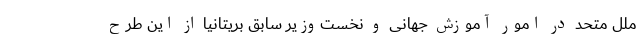
ملل متحد در امور آموزش جهانی و نخست‌وزیر سابق بریتانیا از این طرح